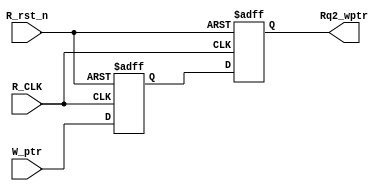
module Sync_W2R #(

	parameter ADDR_WIDTH = 4
	
)(

// Inputs 
	input  wire 				 R_CLK,					// Read side Clock
	input  wire 				 R_rst_n,				// Active-Low reset Signal
	input  wire [ADDR_WIDTH : 0] W_ptr,					// Write Pointer that needs be synchronized
	
	
// Outputs	
	output reg [ADDR_WIDTH : 0] Rq2_wptr				// Synchronnized write pointer

);

	// Output of the 1st stage flipflop
	reg [ADDR_WIDTH : 0] Rq1_wptr;
	
	
	// Double FlipFlop synchronizer Behavior
	always @(posedge R_CLK or negedge R_rst_n)
	begin
	
		if(!R_rst_n)
		begin
		
			Rq1_wptr <= 5'b0;
			Rq2_wptr <= 5'b0;
			
		end
		
		else 
		begin
		
			Rq1_wptr <= W_ptr;
			Rq2_wptr <= Rq1_wptr;
		
		end
	end
	
endmodule